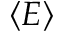
\langle E \rangle